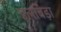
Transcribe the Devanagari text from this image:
इलबिड़ा